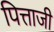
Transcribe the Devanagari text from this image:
पित्ताजी